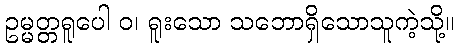
ဥမ္မတ္တရူပေါ ဝ၊ ရူးသော သဘောရှိသောသူကဲ့သို့။